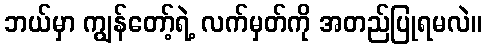
ဘယ်မှာ ကျွန်တော့်ရဲ့ လက်မှတ်ကို အတည်ပြုရမလဲ။